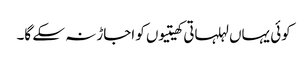
کوئی یہاں لہلہاتی کھیتیوں کو اجاڑ نہ سکے گا۔